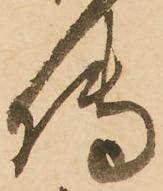
傳